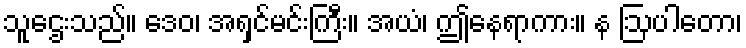
သူဌေးသည်။ ဒေဝ၊ အရှင်မင်းကြီး။ အယံ၊ ဤနေရာကား။ န ဩပါတော၊